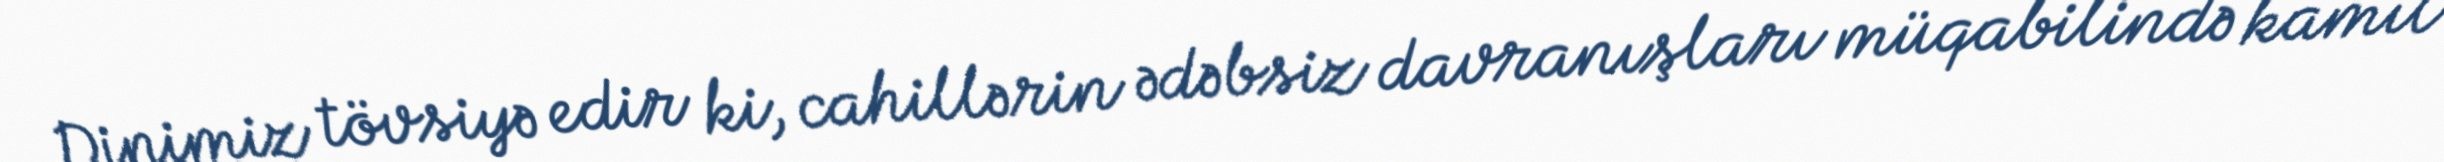
Dinimiz tövsiyə edir ki, cahillərin ədəbsiz davranışları müqabilində kamil